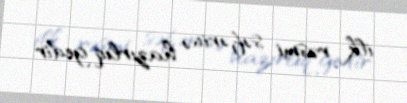
ilk rəsmi səfərinə hazırlıq gedir.